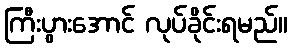
ကြီးပွားအောင် လုပ်ခိုင်းရမည်။